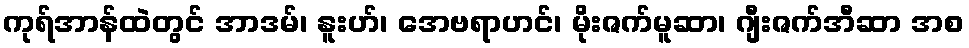
ကုရ်အာန်ထဲတွင် အာဒမ်၊ နူးဟ်၊ အေဗရာဟင်၊ မိုးဇက်မူဆာ၊ ဂျီးဇက်အီဆာ အစ